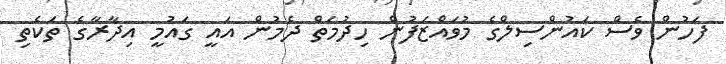
ފަހުން ވެސް ކައުންސިލްގެ މުވައްޒަފުން ހިދުމަތް ދެމުން އައީ ގައުމީ އިދާރާގެ ތަކެތި